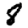
Digit: 8